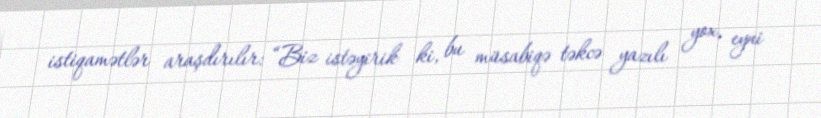
istiqamətlər araşdırılır: “Biz istəyirik ki, bu müsabiqə təkcə yazılı yox, eyni